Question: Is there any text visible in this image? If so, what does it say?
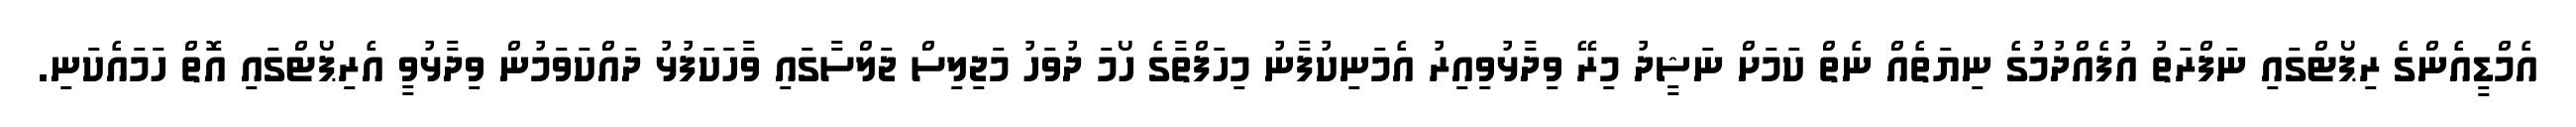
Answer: އެމްޑީއެންގެ ރިޕޯޓްގައި ނަފްރަތު އުފެއްދުމުގެ ނިޔަތެއް ނެތް ކަމަށް ނަޝީދު މިރޭ ވިދާޅުވިއިރު އެމަނިކުފާނު މިހަފްތާގެ ހޯމަ ދުވަހު މަޖިލިސް ޖަލްސާގައި ވާހަކަފުޅު ދައްކަވަމުން ވިދާޅުވީ އެރިޕޯޓްގައި އޮތް ހަމައެކަނި.